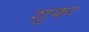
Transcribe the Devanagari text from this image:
शुका